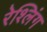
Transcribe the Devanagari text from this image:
रेश्लिंग